Lunatic asylums Burma 1922-24 - 1922-1924
Year: 1922
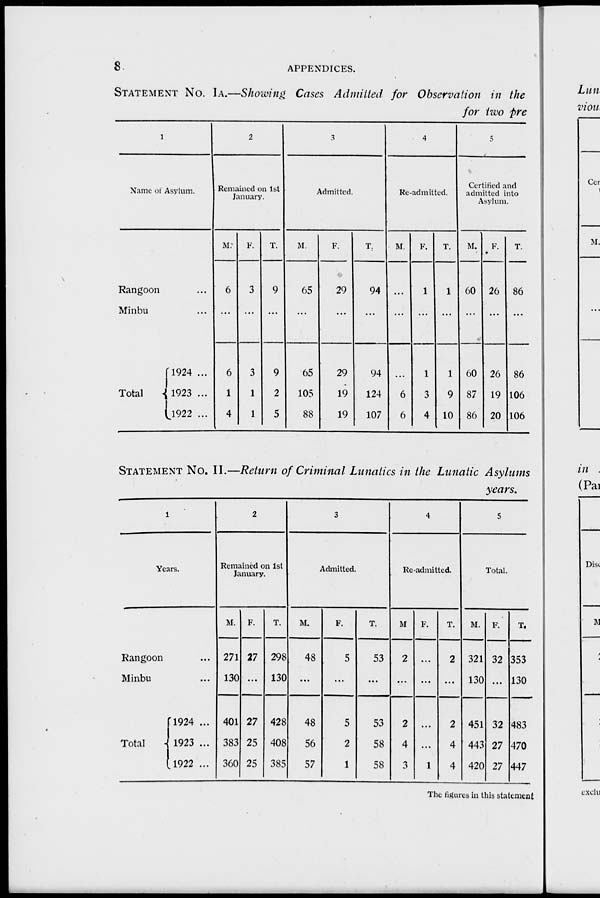
8
APPENDICES.
STATEMENT No. IA.—Showing Cases Admitted for Observation in the
for two pre
1
Name of Asylum.
Rangoon ...
Minbu ...
Total
1924 ...
1923 ...
1922 ...
2
Remained on 1st
January.
M.
6
...
6
1
4
F.
3
...
3
1
1
T.
9
...
9
2
5
3
Admitted.
M.
65
...
65
105
88
F.
29
...
29
19
19
T.
94
...
94
124
107
4
Re-admitted.
M.
...
...
...
6
6
F.
1
...
1
3
4
T.
1
...
1
9
10
5
Certified and
admitted into
Asylum.
M.
60
...
60
87
86
F.
26
...
26
19
20
T.
86
...
86
106
106
STATEMENT No. II.—Return of Criminal Lunatics in the Lunatic Asylums
years.
1
Years.
Rangoon ...
Minbu ...
Total
1924 ...
1923 ...
1922 ...
2
Remained on 1st
January.
M.
271
130
401
383
360
F.
27
...
27
25
25
T.
298
130
428
408
385
3
Admitted.
M.
48
...
48
56
57
F.
5
...
5
2
1
T.
53
...
53
58
58
4
Re-admitted.
M.
2
...
2
4
3
F.
...
...
...
...
1
T.
2
...
2
4
4
5
Total.
M.
321
130
451
443
420
F.
32
...
32
27
27
T.
353
130
483
470
447
The figures in this statement